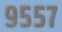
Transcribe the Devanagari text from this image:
९५५७